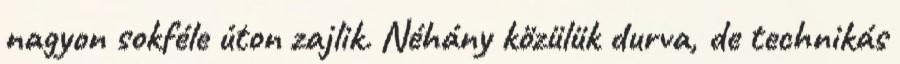
nagyon sokféle úton zajlik. Néhány közülük durva, de technikás